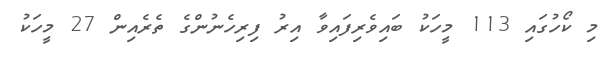
މި ކޯހުގައި 113 މީހަކު ބައިވެރިފައިވާ އިރު ފިރިހެނުންގެ ތެރެއިން 27 މީހަކު